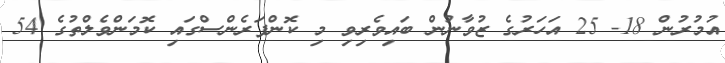
އުމުރުން 18- 25 އަހަރުގެ ޒުވާނުން ބައިވެރިވި މި ކޮންފަރެންސްގައި ކޮމަންވެލްތުގެ 54